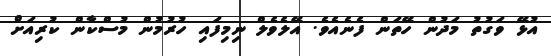
އުޅޭ ވަގުތު މަދުން ހޭތަން ފެނެއެވެ. އޭލެވެލް ނިމިފައި ހުރުމުން މުސްކާން ކުރިއަށް